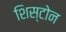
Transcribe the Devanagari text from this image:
शिस्टोन